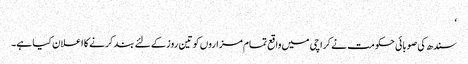
‘
سندھ کی صوبائی حکومت نے کراچی میں واقع تمام مزاروں کو تین روز کے لئے بند کرنے کا اعلان کیا ہے۔